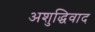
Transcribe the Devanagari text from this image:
अशुद्धिवाद